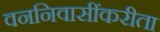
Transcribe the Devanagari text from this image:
वननिवासींकरीता